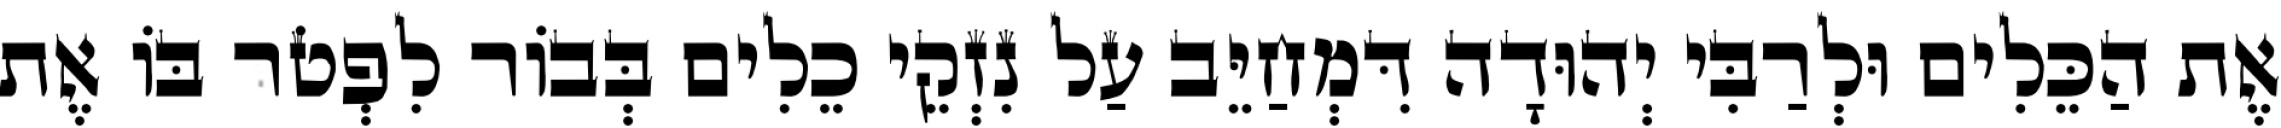
אֶת הַכֵּלִים וּלְרַבִּי יְהוּדָה דִּמְחַיֵּב עַל נִזְקֵי כֵלִים בְּבוֹר לִפְטֹר בּוֹ אֶת